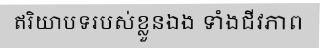
ឥរិយាបទរបស់ខ្លួនឯង ទាំងជីវភាព